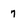
Character: 7